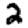
Digit: 2